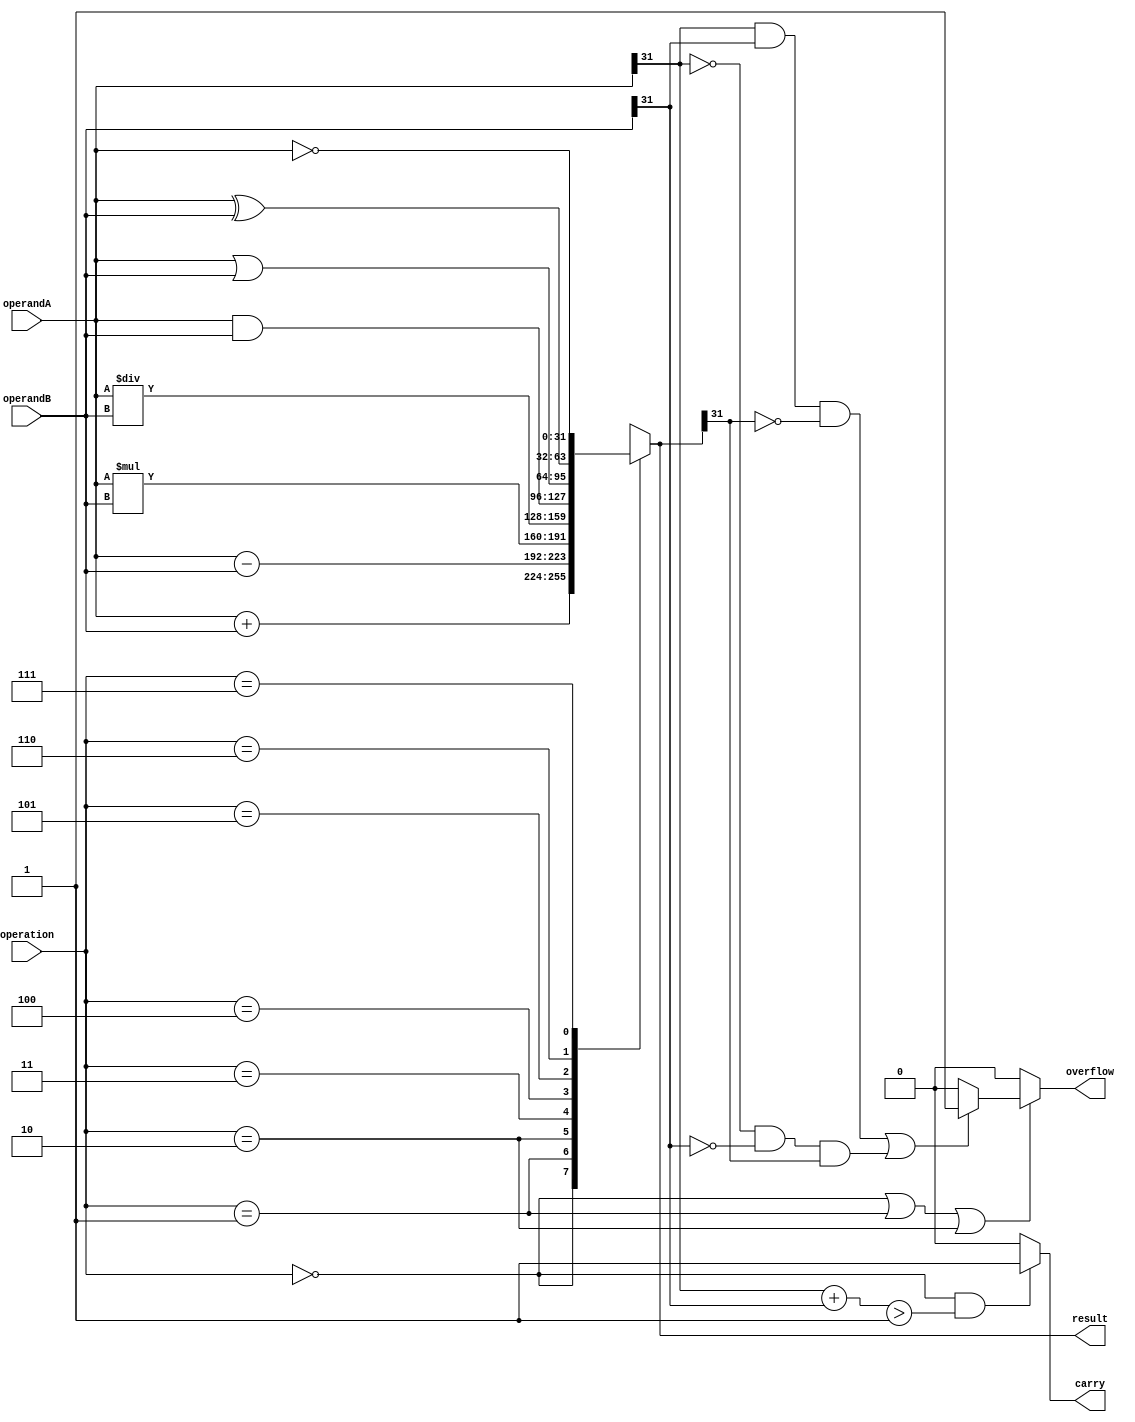
module ALU (
    input [31:0] operandA,
    input [31:0] operandB,
    input [2:0] operation,
    output reg [31:0] result,
    output reg carry,
    output reg overflow
);

always @ (operandA, operandB, operation) begin
    case(operation)
        3'b000: result = operandA + operandB;  // Addition
        3'b001: result = operandA - operandB;  // Subtraction
        3'b010: result = operandA * operandB;  // Multiplication
        3'b011: result = operandA / operandB;  // Division
        3'b100: result = operandA & operandB;  // Bitwise AND
        3'b101: result = operandA | operandB;  // Bitwise OR
        3'b110: result = operandA ^ operandB;  // Bitwise XOR
        3'b111: result = ~operandA;            // Bitwise NOT
    endcase
    
    // Handle Overflow
    if(operation == 3'b000 || operation == 3'b001 || operation == 3'b010) begin
        if((operandA[31] == 1 && operandB[31] == 1 && result[31] == 0) || 
           (operandA[31] == 0 && operandB[31] == 0 && result[31] == 1)) begin
            overflow = 1;
        end else begin
            overflow = 0;
        end
    end else begin
        overflow = 0;
    end
    
    // Handle Carry
    if(operation == 3'b000 && (operandA[31] + operandB[31]) > 1) begin
        carry = 1;
    end else begin
        carry = 0;
    end
end

endmodule